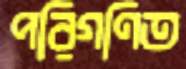
পরিগণিত